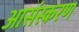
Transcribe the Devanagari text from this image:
आसंस्करण